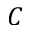
C